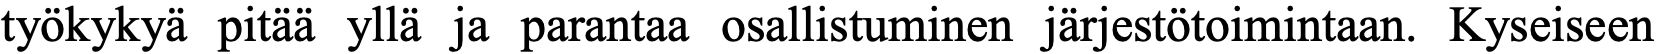
työkykyä pitää yllä ja parantaa osallistuminen järjestötoimintaan. Kyseiseen